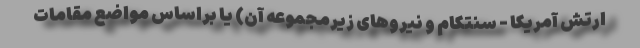
ارتش آمریکا - سنتکام و نیروهای زیرمجموعه آن) یا براساس مواضع مقامات